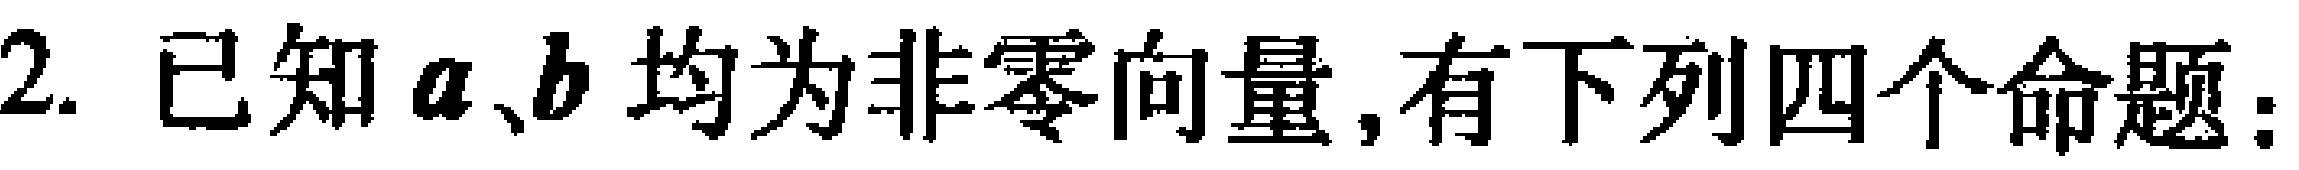
2. 已知\(\boldsymbol{a}、\boldsymbol{b}\)均为非零向量,有下列四个命题：